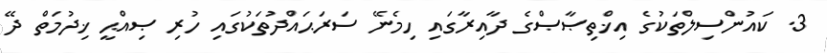
3. ކައުންސިލްތަކުގެ އިޚްތިޞާޞްގެ ދާއިރާގައި ހިމެނޭ ސަރަޙައްދުތަކުގައި ހުރި ޞިއްޙީ ޚިދުމަތް ދޭ